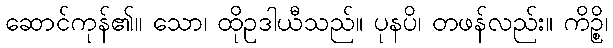
ဆောင်ကုန်၏။ သော၊ ထိုဥဒါယီသည်။ ပုနပိ၊ တဖန်လည်း။ ကိဉ္စိ၊